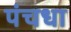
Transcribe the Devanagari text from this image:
पंचधा